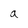
Character: a